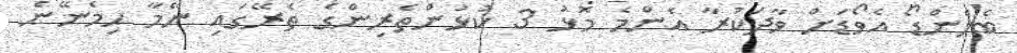
ބެލެންޑޯ އެވޯޑަށް ވާދަކުރާ އެންމެ މޮޅު 3 ކުޅުންތެރިންގެ ތެރޭގައި ނޭމާ ހިމެނޭނެ